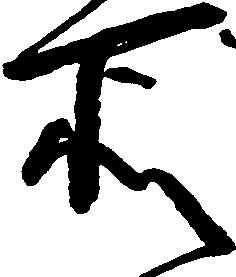
所